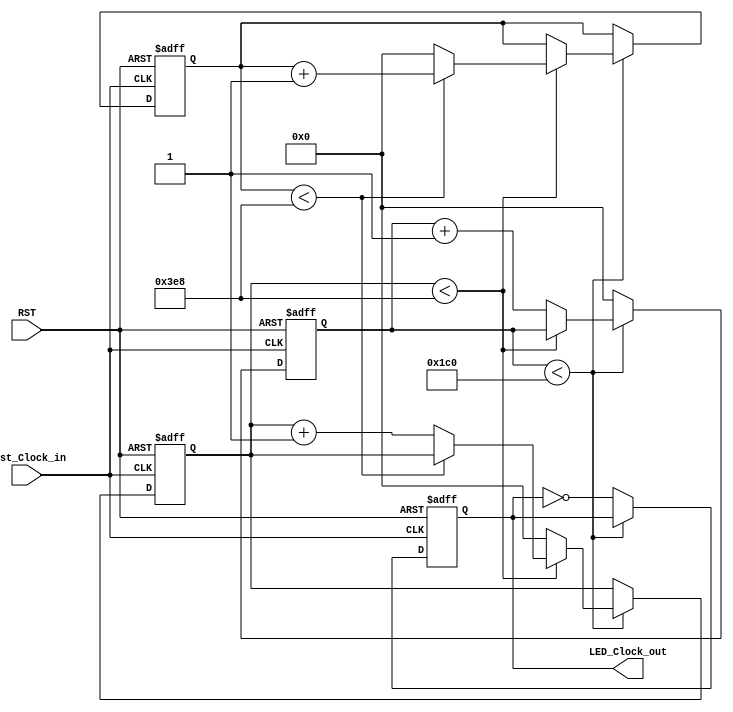
module RCB_FRL_LED_Clock(Test_Clock_in, LED_Clock_out, RST);
    input Test_Clock_in;
    output LED_Clock_out;
    input RST;

	reg[9:0] count1;
	reg[9:0] count2;
	reg[9:0] count3;
	reg LED_Clock_out_reg;
	
	assign LED_Clock_out = LED_Clock_out_reg;

always @(posedge Test_Clock_in or posedge RST) begin
	if (RST) begin
		count1 <= 1'b0;
		count2 <= 1'b0;
		count3 <= 1'b0;
		LED_Clock_out_reg <= 1'b0;
		end
	else begin
		if (count3 < 448) begin
			if (count2 < 1000) begin
				if (count1 < 1000) 
					count1 <= count1 + 1'b1;
				else
					begin
						count1 <= 1'b0;
						count2 <= count2 + 1'b1;
					end
				end
			else
				begin
					count2 <= 1'b0;
					count3 <= count3 + 1'b1;
				end
			end
		else				
			begin
				count3 <= 1'b0;
				LED_Clock_out_reg <= ~LED_Clock_out_reg;
			end
		end
	end

endmodule